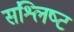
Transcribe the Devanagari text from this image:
संश्लिष्‍ट